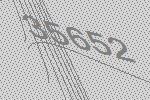
35652